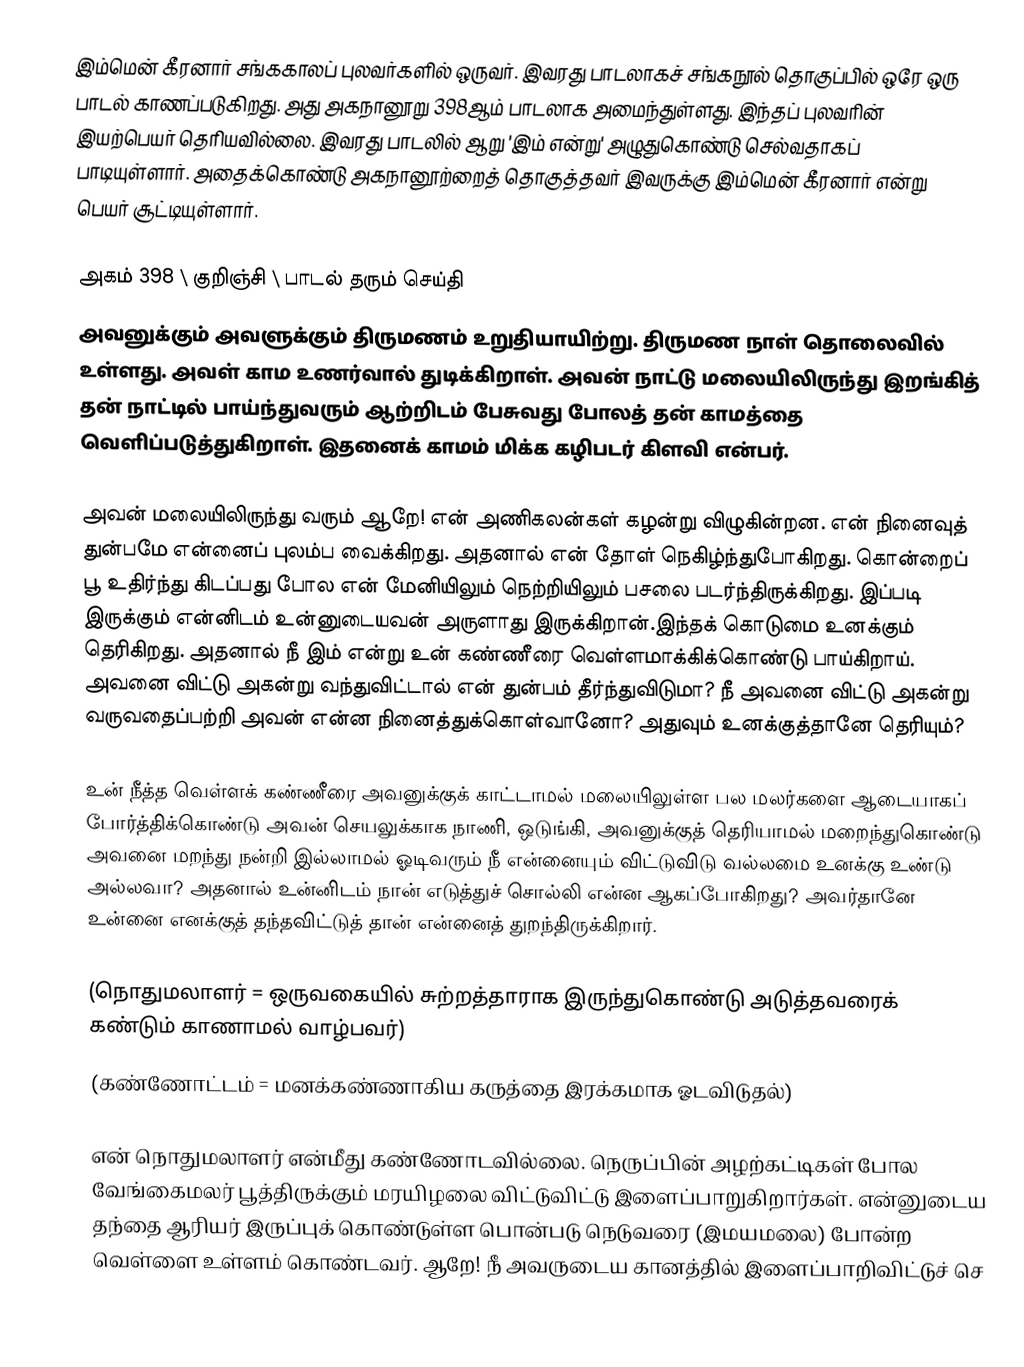
இம்மென் கீரனார் சங்ககாலப் புலவர்களில் ஒருவர். இவரது பாடலாகச் சங்கநூல் தொகுப்பில் ஒரே ஒரு பாடல் காணப்படுகிறது. அது அகநானூறு 398ஆம் பாடலாக அமைந்துள்ளது. இந்தப் புலவரின் இயற்பெயர் தெரியவில்லை. இவரது பாடலில் ஆறு 'இம் என்று' அழுதுகொண்டு செல்வதாகப் பாடியுள்ளார். அதைக்கொண்டு அகநானூற்றைத் தொகுத்தவர் இவருக்கு இம்மென் கீரனார் என்று பெயர் சூட்டியுள்ளார்.

அகம் 398 \ குறிஞ்சி \ பாடல் தரும் செய்தி
அவனுக்கும் அவளுக்கும் திருமணம் உறுதியாயிற்று. திருமண நாள் தொலைவில் உள்ளது. அவள் காம உணர்வால் துடிக்கிறாள். அவன் நாட்டு மலையிலிருந்து இறங்கித் தன் நாட்டில் பாய்ந்துவரும் ஆற்றிடம் பேசுவது போலத் தன் காமத்தை வெளிப்படுத்துகிறாள். இதனைக் காமம் மிக்க கழிபடர் கிளவி என்பர்.

அவன் மலையிலிருந்து வரும் ஆறே! என் அணிகலன்கள் கழன்று விழுகின்றன. என் நினைவுத் துன்பமே என்னைப் புலம்ப வைக்கிறது. அதனால் என் தோள் நெகிழ்ந்துபோகிறது. கொன்றைப் பூ உதிர்ந்து கிடப்பது போல என் மேனியிலும் நெற்றியிலும் பசலை படர்ந்திருக்கிறது. இப்படி இருக்கும் என்னிடம் உன்னுடையவன் அருளாது இருக்கிறான்.இந்தக் கொடுமை உனக்கும் தெரிகிறது. அதனால் நீ இம் என்று உன் கண்ணீரை வெள்ளமாக்கிக்கொண்டு பாய்கிறாய். அவனை விட்டு அகன்று வந்துவிட்டால் என் துன்பம் தீர்ந்துவிடுமா? நீ அவனை விட்டு அகன்று வருவதைப்பற்றி அவன் என்ன நினைத்துக்கொள்வானோ? அதுவும் உனக்குத்தானே தெரியும்?

உன் நீத்த வெள்ளக் கண்ணீரை அவனுக்குக் காட்டாமல் மலையிலுள்ள பல மலர்களை ஆடையாகப் போர்த்திக்கொண்டு அவன் செயலுக்காக நாணி, ஒடுங்கி, அவனுக்குத் தெரியாமல் மறைந்துகொண்டு அவனை மறந்து நன்றி இல்லாமல் ஓடிவரும் நீ என்னையும் விட்டுவிடு வல்லமை உனக்கு உண்டு அல்லவா? அதனால் உன்னிடம் நான் எடுத்துச் சொல்லி என்ன ஆகப்போகிறது? அவர்தானே உன்னை எனக்குத் தந்தவிட்டுத் தான் என்னைத் துறந்திருக்கிறார்.

(நொதுமலாளர் = ஒருவகையில் சுற்றத்தாராக இருந்துகொண்டு அடுத்தவரைக் கண்டும் காணாமல் வாழ்பவர்)
(கண்ணோட்டம் = மனக்கண்ணாகிய கருத்தை இரக்கமாக ஓடவிடுதல்)

என் நொதுமலாளர் என்மீது கண்ணோடவில்லை. நெருப்பின் அழற்கட்டிகள் போல வேங்கைமலர் பூத்திருக்கும் மரயிழலை விட்டுவிட்டு இளைப்பாறுகிறார்கள். என்னுடைய தந்தை ஆரியர் இருப்புக் கொண்டுள்ள பொன்படு நெடுவரை (இமயமலை) போன்ற வெள்ளை உள்ளம் கொண்டவர். ஆறே! நீ அவருடைய கானத்தில் இளைப்பாறிவிட்டுச் செ